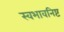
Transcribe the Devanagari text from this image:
स्वभावनिष्ट